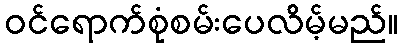
ဝင်ရောက်စုံစမ်းပေလိမ့်မည်။